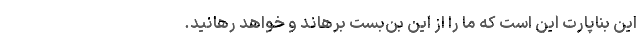
این بناپارت این است که ما را از این بن‌بست برهاند و خواهد رهانید.